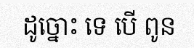
ដូច្នោះ ទេ បើ ពូន